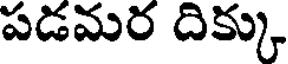
పడమర దిక్కు